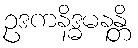
ဥဒကနိဒ္ဓမနန္တိ